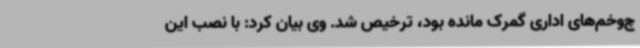
چ‌وخم‌های اداری گمرک مانده بود، ترخیص شد. وی بیان کرد: با نصب این